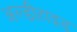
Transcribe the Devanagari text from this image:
अल्डीहाइड